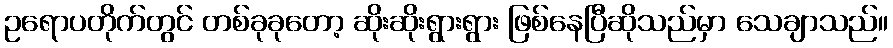
ဥရောပတိုက်တွင် တစ်ခုခုတော့ ဆိုးဆိုးရွားရွား ဖြစ်နေပြီဆိုသည်မှာ သေချာသည်။